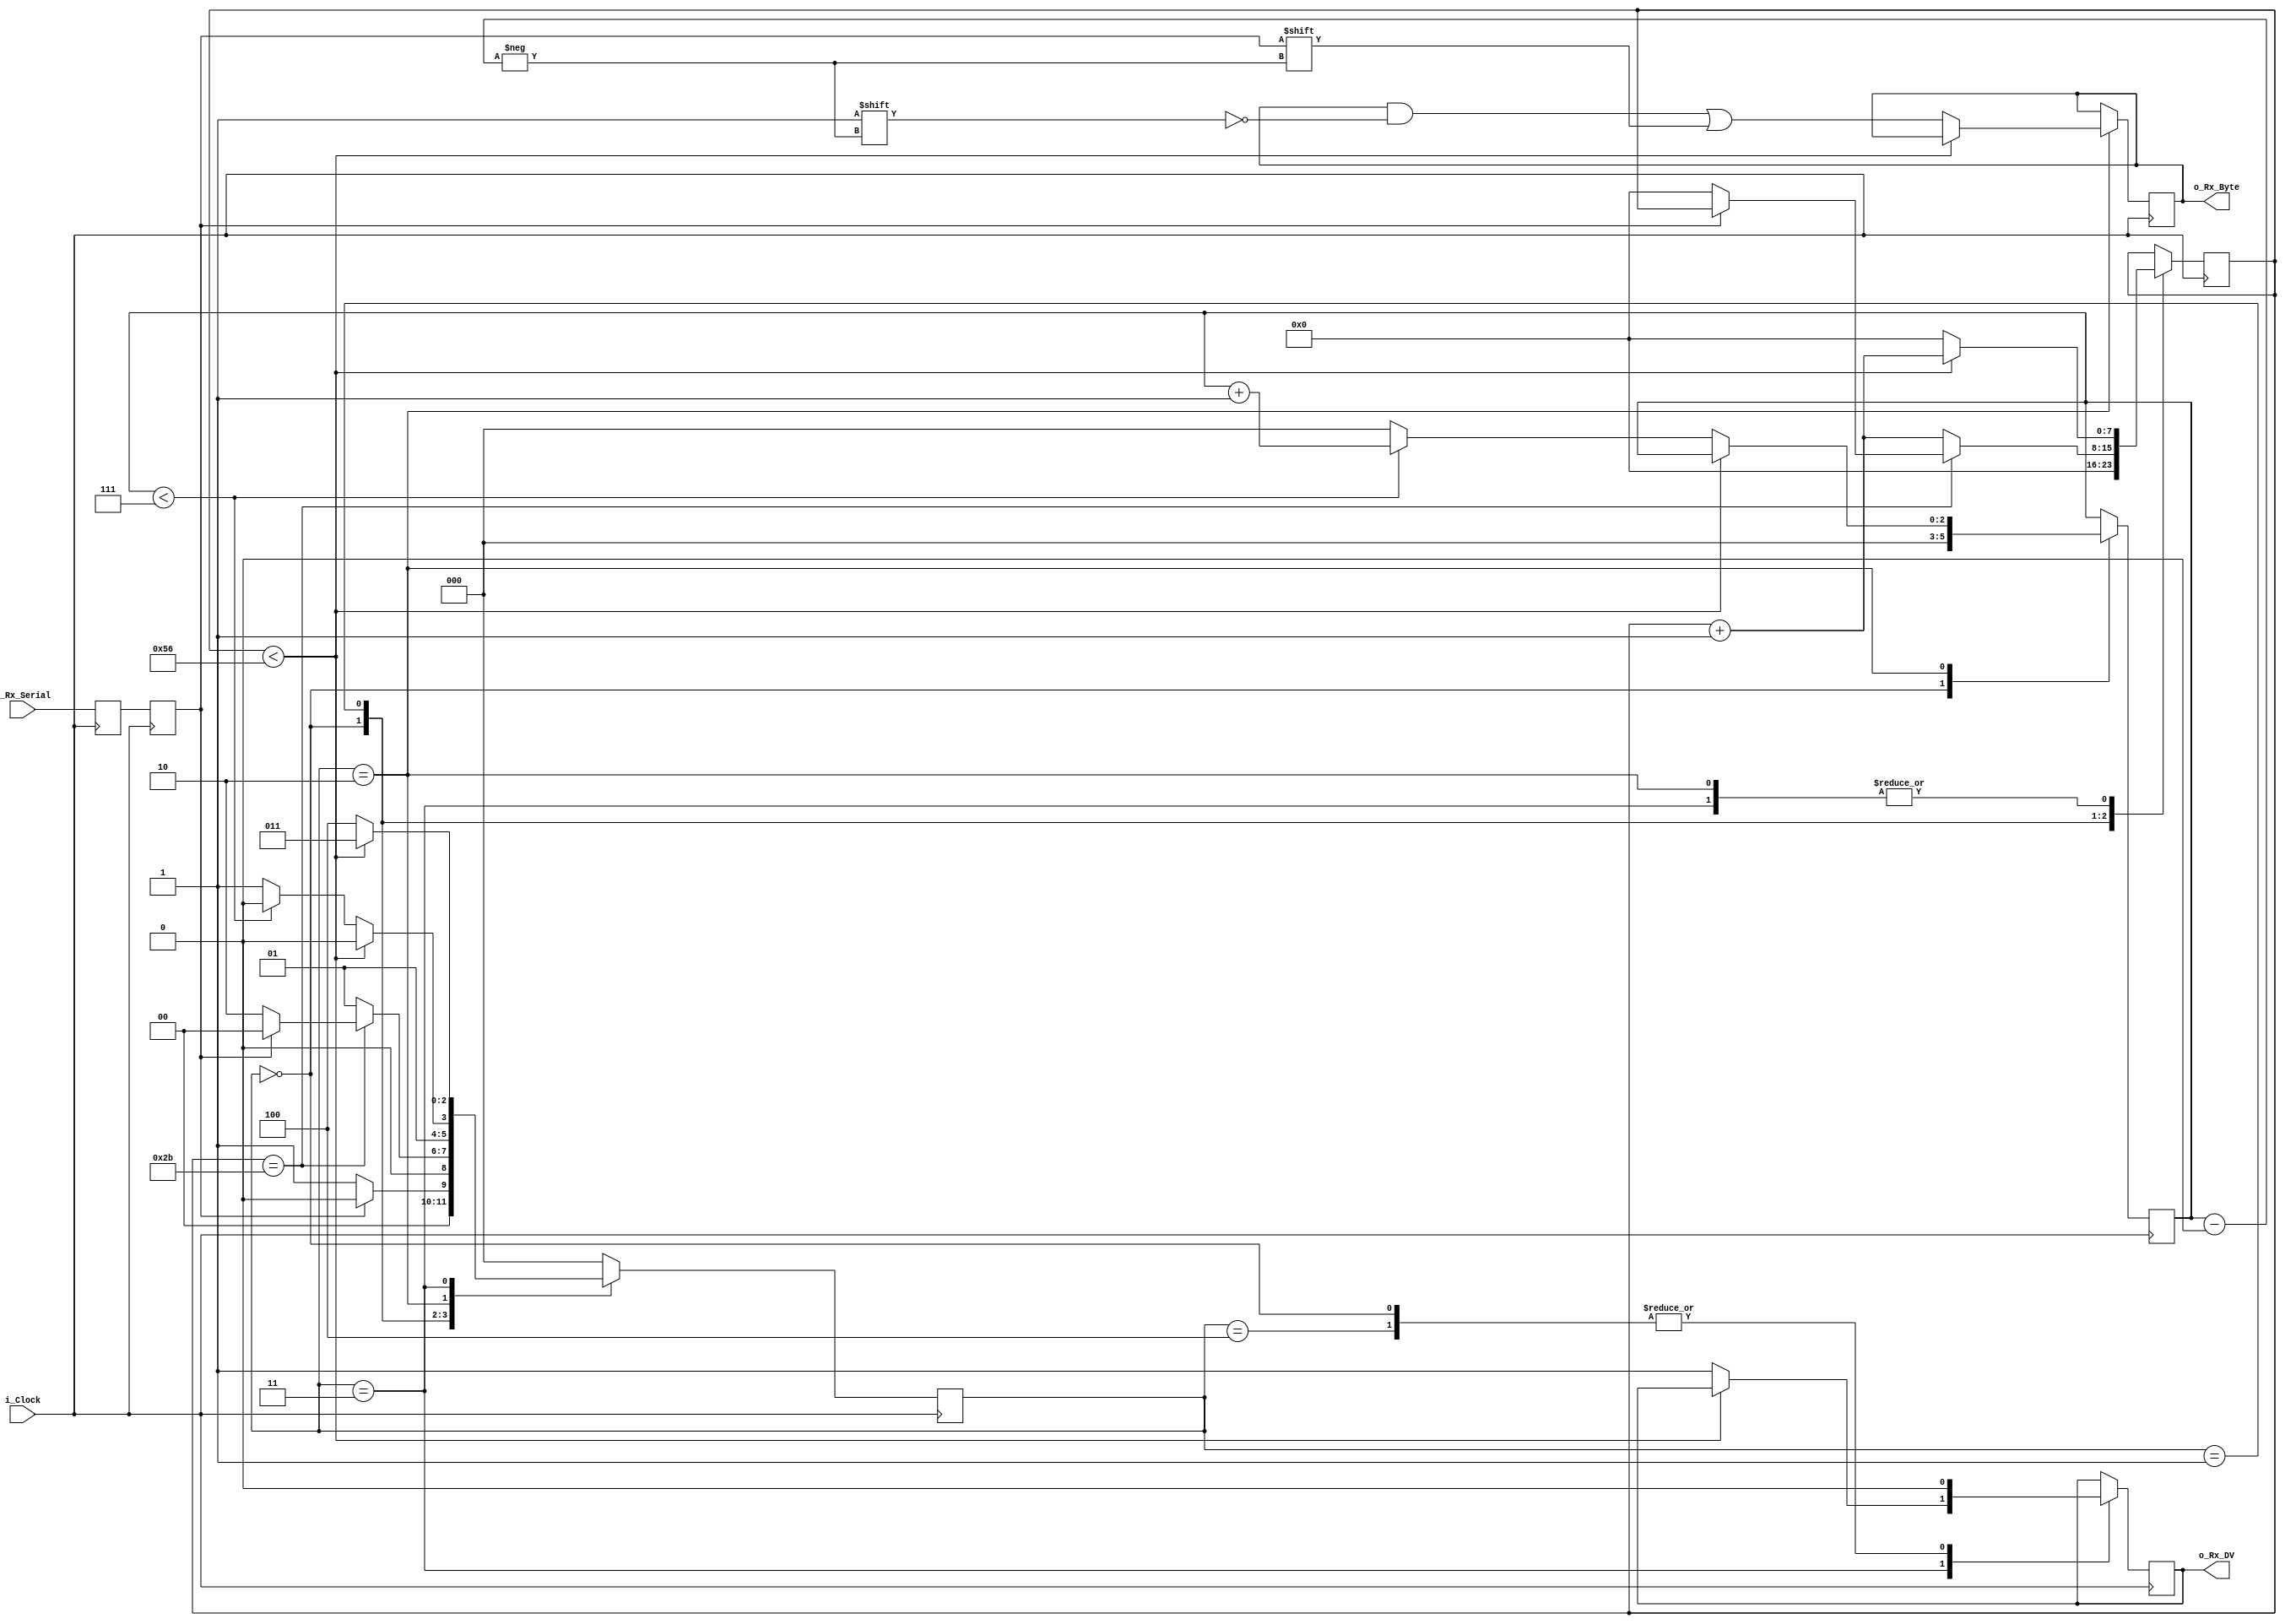

`timescale 1ns / 1ps
//////////////////////////////////////////////////////////////////////////////////
// Company: 
// Engineer: 
// 
// Design Name: 
// Module Name: uart_rx
// Project Name: 
// Target Devices: 
// Tool Versions: 
// Description: 
// 
// Dependencies: 
// 
// Revision:
// Revision 0.01 - File Created
// Additional Comments:
// 
//////////////////////////////////////////////////////////////////////////////////
module uart_rx #(parameter CLKS_PER_BIT= 87)
  (
   input        i_Clock,
   input        i_Rx_Serial,
   output       o_Rx_DV,
   output [7:0] o_Rx_Byte
   );
    
  parameter s_IDLE         = 3'b000;
  parameter s_RX_START_BIT = 3'b001;
  parameter s_RX_DATA_BITS = 3'b010;
  parameter s_RX_STOP_BIT  = 3'b011;
  parameter s_CLEANUP      = 3'b100;
   
  reg           r_Rx_Data_R = 1'b1;
  reg           r_Rx_Data   = 1'b1;
   
  reg [7:0]     r_Clock_Count = 0;
  reg [2:0]     r_Bit_Index   = 0; //8 bits total
  reg [7:0]     r_Rx_Byte     = 0;
  reg           r_Rx_DV       = 0;
  reg [2:0]     r_SM_Main     = 0;
   
  // Purpose: Double-register the incoming data.
  // This allows it to be used in the UART RX Clock Domain.
  // (It removes problems caused by metastability)
  always @(posedge i_Clock)
    begin
      r_Rx_Data_R <= i_Rx_Serial;
      r_Rx_Data   <= r_Rx_Data_R;
    end
   
   
  // Purpose: Control RX state machine
  always @(posedge i_Clock)
    begin
       
      case (r_SM_Main)
        s_IDLE :
          begin
            r_Rx_DV       <= 1'b0;
            r_Clock_Count <= 0;
            r_Bit_Index   <= 0;
             
            if (r_Rx_Data == 1'b0)          // Start bit detected
              r_SM_Main <= s_RX_START_BIT;
            else
              r_SM_Main <= s_IDLE;
          end
         
        // Check middle of start bit to make sure it's still low
        s_RX_START_BIT :
          begin
            if (r_Clock_Count == (CLKS_PER_BIT-1)/2)
              begin
                if (r_Rx_Data == 1'b0)
                  begin
                    r_Clock_Count <= 0;  // reset counter, found the middle
                    r_SM_Main     <= s_RX_DATA_BITS;
                  end
                else
                  r_SM_Main <= s_IDLE;
              end
            else
              begin
                r_Clock_Count <= r_Clock_Count + 1;
                r_SM_Main     <= s_RX_START_BIT;
              end
          end // case: s_RX_START_BIT
         
         
        // Wait CLKS_PER_BIT-1 clock cycles to sample serial data
        s_RX_DATA_BITS :
          begin
            if (r_Clock_Count < CLKS_PER_BIT-1)
              begin
                r_Clock_Count <= r_Clock_Count + 1;
                r_SM_Main     <= s_RX_DATA_BITS;
              end
            else
              begin
                r_Clock_Count          <= 0;
                r_Rx_Byte[r_Bit_Index] <= r_Rx_Data;
                 
                // Check if we have received all bits
                if (r_Bit_Index < 7)
                  begin
                    r_Bit_Index <= r_Bit_Index + 1;
                    r_SM_Main   <= s_RX_DATA_BITS;
                  end
                else
                  begin
                    r_Bit_Index <= 0;
                    r_SM_Main   <= s_RX_STOP_BIT;
                  end
              end
          end // case: s_RX_DATA_BITS
     
     
        // Receive Stop bit.  Stop bit = 1
        s_RX_STOP_BIT :
          begin
            // Wait CLKS_PER_BIT-1 clock cycles for Stop bit to finish
            if (r_Clock_Count < CLKS_PER_BIT-1)
              begin
                r_Clock_Count <= r_Clock_Count + 1;
                r_SM_Main     <= s_RX_STOP_BIT;
              end
            else
              begin
                r_Rx_DV       <= 1'b1;
                r_Clock_Count <= 0;
                r_SM_Main     <= s_CLEANUP;
              end
          end // case: s_RX_STOP_BIT
     
         
        // Stay here 1 clock
        s_CLEANUP :
          begin
            r_SM_Main <= s_IDLE;
            r_Rx_DV   <= 1'b0;
          end
         
         
        default :
          r_SM_Main <= s_IDLE;
         
      endcase
    end   
   
  assign o_Rx_DV   = r_Rx_DV;
  assign o_Rx_Byte = r_Rx_Byte;
   
endmodule // uart_rx